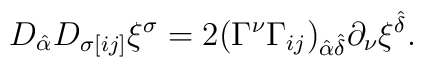
D_{\hat\alpha}D_{\sigma[ij]}\xi^{\sigma} = 2(\Gamma^\nu\Gamma_{ij})_{\hat\alpha\hat\delta}\partial_\nu\xi^{\hat\delta}.